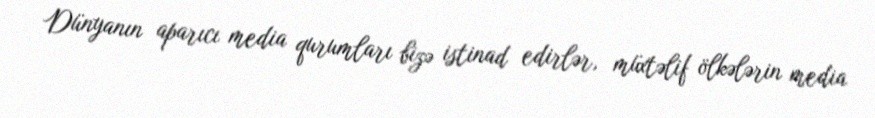
Dünyanın aparıcı media qurumları bizə istinad edirlər, müxtəlif ölkələrin media